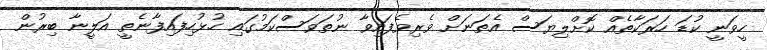
ހީވަނީ ކުޑަ ހަރަކާތެއް ކޮށްލިޔަސް އެތަނަށް ވެރިވެފައިވާ ނުތަވަސްކަމުގައި ހުޅުހިފައިފާނެތީ އަލީނާ ބިރުން